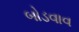
બોડવાવ